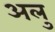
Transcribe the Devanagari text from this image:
अलु